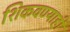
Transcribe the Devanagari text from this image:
शिकवण्याही